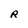
Character: R